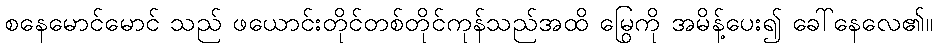
စနေမောင်မောင် သည် ဖယောင်းတိုင်တစ်တိုင်ကုန်သည်အထိ မြွေကို အမိန့်ပေး၍ ခေါ်နေလေ၏။